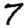
Digit: 7